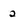
Character: 2